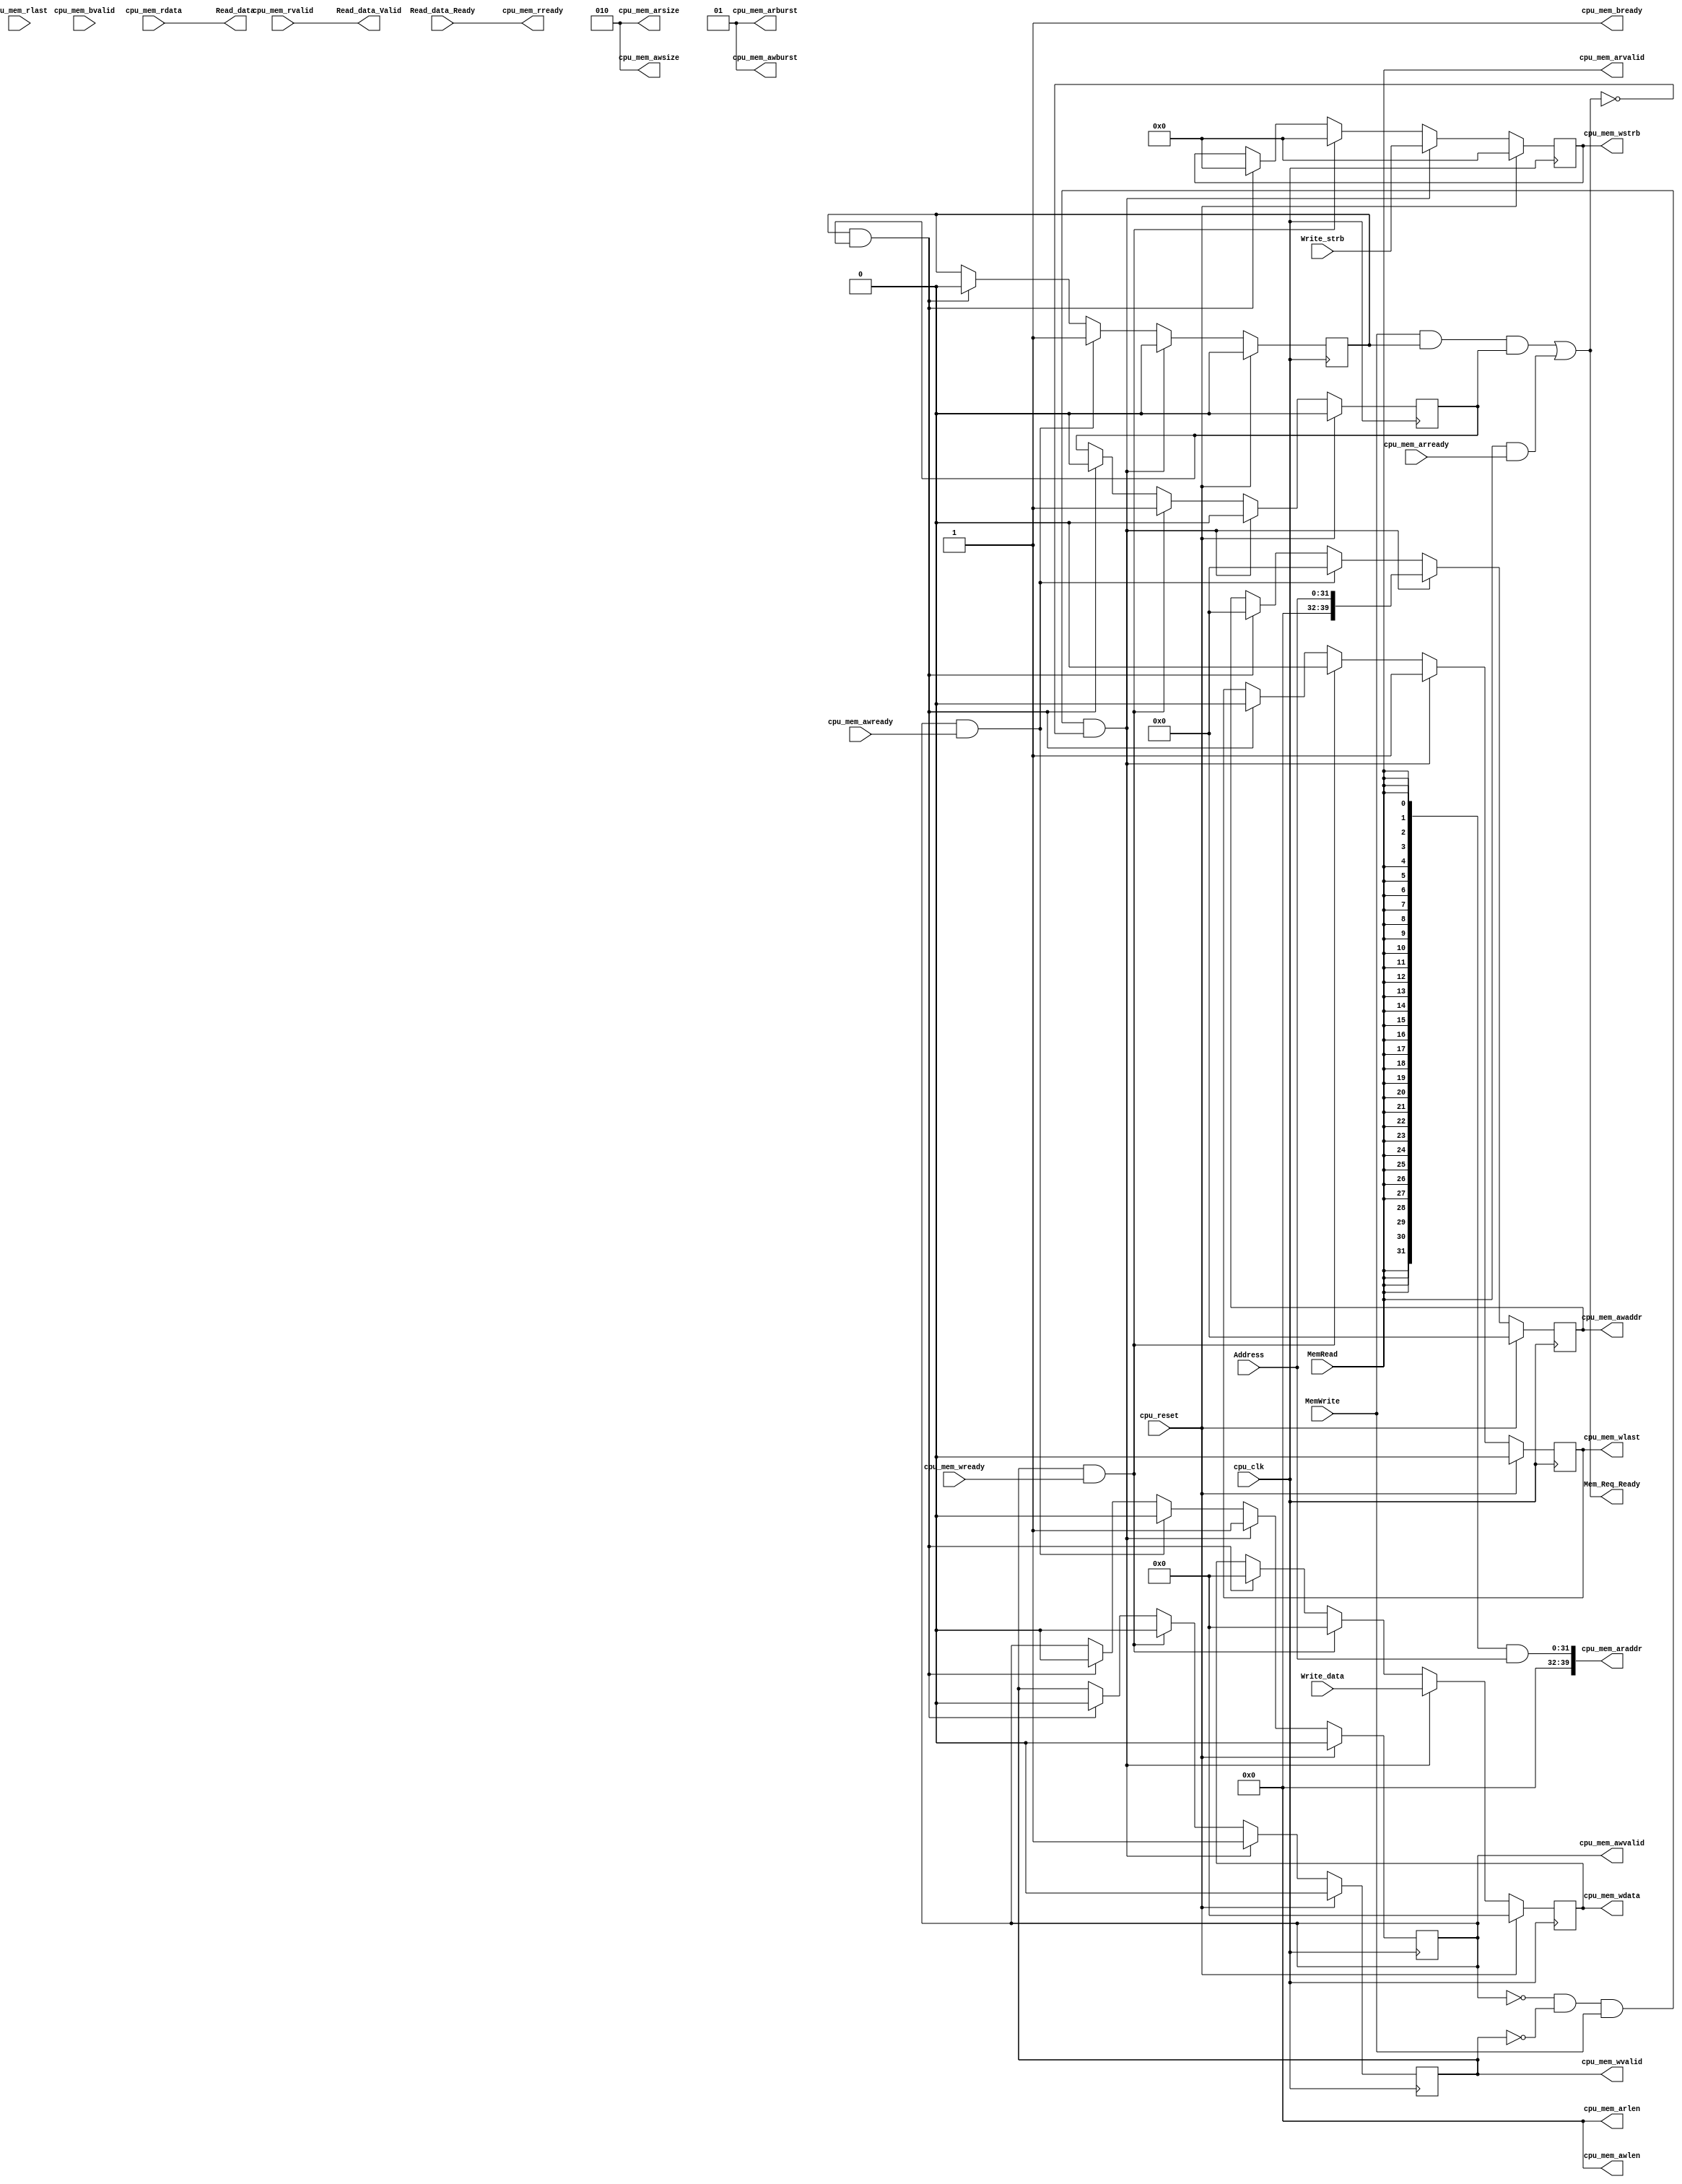
/* =========================================
* AXI wrapper for custom CPU in the FPGA
* evaluation platform
*
* Version: v0.0.1
*===========================================
*/

`timescale 10 ns / 1 ns

module mem_if_wrapper (
	input           cpu_clk,
	input           cpu_reset,

	//Memory request channel
	input  [31:0]   Address,
	input           MemWrite,
	input  [31:0]   Write_data,
	input  [ 3:0]   Write_strb,
	input           MemRead,
	output          Mem_Req_Ready,

	//Memory data response channel
	output [31:0]   Read_data,
	output          Read_data_Valid,
	input           Read_data_Ready, 
	
	//AXI AR Channel for data
	output [39:0]	cpu_mem_araddr,
	input		cpu_mem_arready,
	output		cpu_mem_arvalid,
	output [ 2:0]	cpu_mem_arsize,
	output [ 1:0]	cpu_mem_arburst,
	output [ 7:0]	cpu_mem_arlen,

	//AXI AW Channel for mem
	output reg [39:0] cpu_mem_awaddr,
	input             cpu_mem_awready,
	output reg 	  cpu_mem_awvalid,
	output      [2:0] cpu_mem_awsize,
	output      [1:0] cpu_mem_awburst,
	output      [7:0] cpu_mem_awlen,

	//AXI B Channel for mem
	output          cpu_mem_bready,
	input		cpu_mem_bvalid,

	//AXI R Channel for mem
	input  [31:0]	cpu_mem_rdata,
	output		cpu_mem_rready,
	input		cpu_mem_rvalid,
	input		cpu_mem_rlast,

	//AXI W Channel for mem
	output reg [31:0]  cpu_mem_wdata,
	input		   cpu_mem_wready,
	output reg [ 3:0]  cpu_mem_wstrb,
	output reg         cpu_mem_wvalid,
	output reg         cpu_mem_wlast
);

/* CPU MEM AR channel */
assign cpu_mem_araddr  = {8'd0, {32{MemRead}} & Address};
assign cpu_mem_arvalid = MemRead;
assign cpu_mem_arsize  = 3'b010;
assign cpu_mem_arburst = 2'b01;
assign cpu_mem_arlen   = 8'd0;

/* CPU MEM AW and W channel */
assign cpu_mem_awsize  = 3'b010;
assign cpu_mem_awburst = 2'b01;
assign cpu_mem_awlen   = 8'd0;

reg    aw_req_ack_tag;
reg    w_req_ack_tag;

//AW channel
always @(posedge cpu_clk)
begin
	if (cpu_reset == 1'b1)
	begin
		cpu_mem_awaddr <= 'd0;
		cpu_mem_awvalid <= 1'b0;
		aw_req_ack_tag <= 1'b0;
	end

	else if (~cpu_mem_awvalid & (~cpu_mem_wvalid) & MemWrite & (~Mem_Req_Ready))
	begin
		cpu_mem_awaddr <= {8'd0, Address};
		cpu_mem_awvalid <= 1'b1;
		aw_req_ack_tag <= 1'b0;
	end

	else if (cpu_mem_awvalid & cpu_mem_awready)
	begin
		cpu_mem_awaddr <= 'd0;
		cpu_mem_awvalid <= 1'b0;
		aw_req_ack_tag <= 1'b1;
	end

	else if (aw_req_ack_tag & w_req_ack_tag)
	begin
		cpu_mem_awaddr <= 'd0;
		cpu_mem_awvalid <= 'd0;
		aw_req_ack_tag <= 1'b0;
	end
end

//W channel
always @(posedge cpu_clk)
begin
	if (cpu_reset == 1'b1)
	begin
		cpu_mem_wdata <= 'd0;
		cpu_mem_wstrb <= 4'b0;
		cpu_mem_wvalid <= 1'b0;
		cpu_mem_wlast <= 1'b0;
		w_req_ack_tag <= 1'b0;
	end

	else if (~cpu_mem_awvalid & (~cpu_mem_wvalid) & MemWrite & (~Mem_Req_Ready))
	begin
		cpu_mem_wdata <= Write_data;
		cpu_mem_wstrb <= Write_strb;
		cpu_mem_wvalid <= 1'b1;
		cpu_mem_wlast <= 1'b1;
		w_req_ack_tag <= 1'b0;
	end

	else if (cpu_mem_wvalid & cpu_mem_wready)
	begin
		cpu_mem_wdata <= 'd0;
		cpu_mem_wstrb <= 4'b0;
		cpu_mem_wvalid <= 1'b0;
		cpu_mem_wlast <= 1'b0;
		w_req_ack_tag <= 1'b1;
	end

	else if (aw_req_ack_tag & w_req_ack_tag)
	begin
		cpu_mem_wdata <= 'd0;
		cpu_mem_wstrb <= 'd0;
		cpu_mem_wvalid <= 1'b0;
		cpu_mem_wlast <= 1'b0;
		w_req_ack_tag <= 1'b0;
	end
end

assign Mem_Req_Ready = (MemWrite & aw_req_ack_tag & w_req_ack_tag) | 
	               (MemRead & cpu_mem_arready);

/* CPU MEM B channel */
assign cpu_mem_bready = 1'b1;

/* CPU MEM R channel */
assign Read_data       = cpu_mem_rdata;
assign Read_data_Valid = cpu_mem_rvalid;
assign cpu_mem_rready  = Read_data_Ready;

endmodule